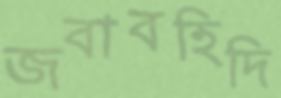
জবাবহিদি